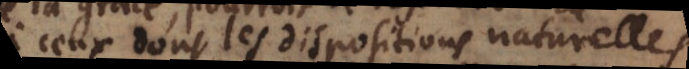
à ceux dont les dispositions naturelles